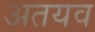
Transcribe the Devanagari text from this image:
अतयव